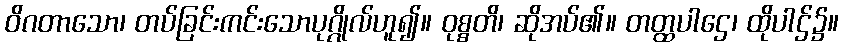
ဝိဂတာသော၊ တပ်ခြင်းကင်းသောပုဂ္ဂိုလ်ဟူ၍။ ဝုစ္စတိ၊ ဆိုအပ်၏။ တတ္ထပါဌေ၊ ထိုပါဌ်၌။